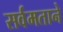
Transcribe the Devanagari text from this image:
सर्वमताने